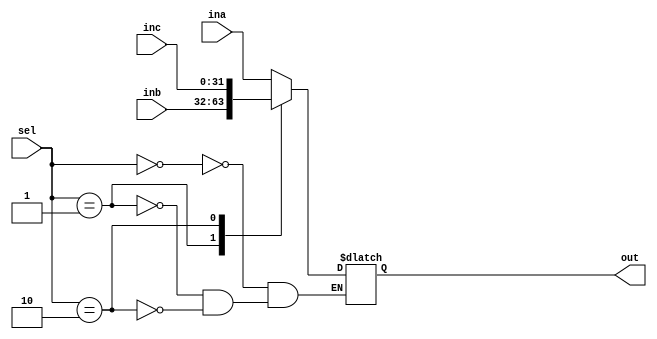
`timescale 1ns / 1ps
//////////////////////////////////////////////////////////////////////////////////
// Company: 
// Engineer: 
// 
// Design Name: 
// Module Name: mux3_1
// Project Name: 
// Target Devices: 
// Tool Versions: 
// Description: 
// 
// Dependencies: 
// 
// Revision:
// Revision 0.01 - File Created
// Additional Comments:
// 
//////////////////////////////////////////////////////////////////////////////////


module mux3_1(input[31:0] ina, input[31:0] inb, input[31:0] inc,
            input[1:0] sel,
            output reg [31:0] out

    );
    always@(ina, inb, inc, sel)
    begin
        case(sel)
            2'b00: out = ina;
            2'b01: out = inb;
            2'b10: out = inc;
        endcase
    end
endmodule